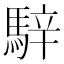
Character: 騂